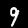
Digit: 9